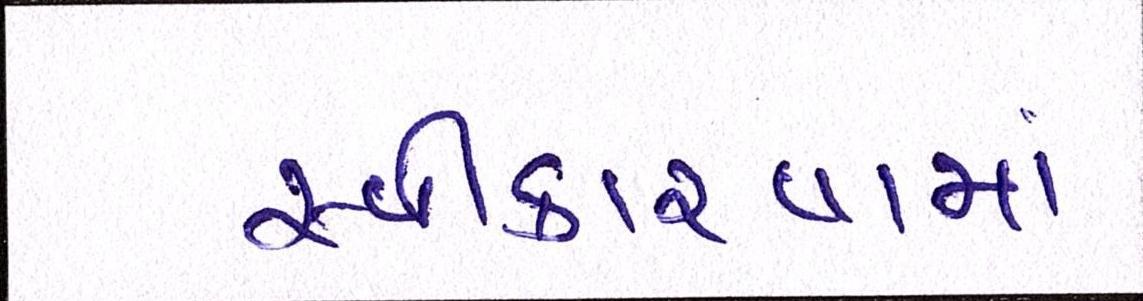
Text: સ્વીકારવામાં